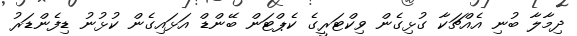
ދިމާލާ ބުނި އެއްޗަކާ ގުޅިގެން ވިކްޓަރީގެ ކެޕްޓަން ބޭންޑް އަޅައިގެން ކުޅުނު ޑިފެންޑަރު